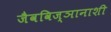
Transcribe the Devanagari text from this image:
जैवविज्ञानाशी